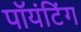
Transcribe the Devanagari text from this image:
पॉयंटिंग